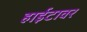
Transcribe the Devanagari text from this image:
हाईटावर